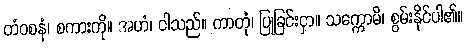
တံဝစနံ၊ စကားကို။ အဟံ၊ ငါသည်။ ကာတုံ၊ ပြုခြင်းငှာ။ သက္ကောမိ၊ စွမ်းနိုင်ပါ၏။